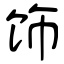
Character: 饰